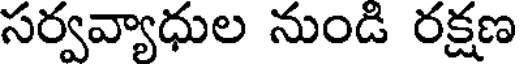
సర్వవ్యాధుల నుండి రక్షణ